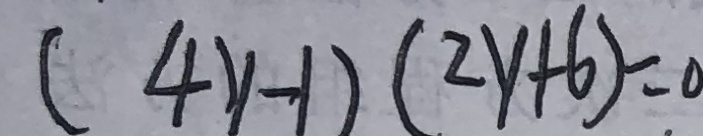
( 4 y - 1 ) ( 2 y + 6 ) = 0